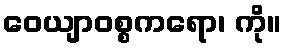
ဝေယျာဝစ္စကရော၊ ကို။